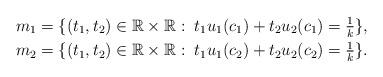
LaTeX: \begin{gather*} m_1=\{(t_1,t_2)\in\mathbb{R}\times\mathbb{R}:\;t_1 u_1(c_1)+t_2 u_2(c_1)=\tfrac{1}{k}\},\\ m_2=\{(t_1,t_2)\in\mathbb{R}\times\mathbb{R}:\;t_1 u_1(c_2)+t_2 u_2(c_2)=\tfrac{1}{k}\}.\end{gather*}